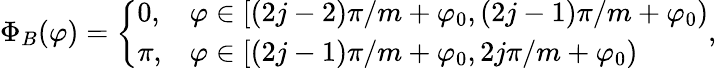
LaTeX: \Phi_{B}(\varphi)=\left\{ \begin{array}{ll}{0,}&{\varphi\in[(2j-2)\pi/m+\varphi_{0},(2j-1)\pi/m+\varphi_{0})}\\ {\pi,}&{\varphi\in[(2j-1)\pi/m+\varphi_{0},2j\pi/m+\varphi_{0})}\end{array}\right.,